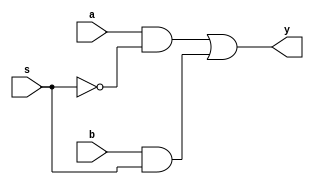
/*
 * Generated by Digital. Don't modify this file!
 * Any changes will be lost if this file is regenerated.
 */

module two_bit_mux (
  input a,
  input b,
  input s,
  output y
);
  assign y = ((a & ~ s) | (b & s));
endmodule

module four_bit_mux (
  input [3:0] a,
  input [3:0] b,
  input sel,
  output [3:0] y
);
  wire s0;
  wire s1;
  wire s2;
  wire s3;
  wire s4;
  wire s5;
  wire s6;
  wire s7;
  wire s8;
  wire s9;
  wire s10;
  wire s11;
  assign s0 = a[3];
  assign s3 = a[2];
  assign s6 = a[1];
  assign s9 = a[0];
  assign s1 = b[3];
  assign s4 = b[2];
  assign s7 = b[1];
  assign s10 = b[0];
  two_bit_mux two_bit_mux_i0 (
    .a( s0 ),
    .b( s1 ),
    .s( sel ),
    .y( s2 )
  );
  two_bit_mux two_bit_mux_i1 (
    .a( s3 ),
    .b( s4 ),
    .s( sel ),
    .y( s5 )
  );
  two_bit_mux two_bit_mux_i2 (
    .a( s6 ),
    .b( s7 ),
    .s( sel ),
    .y( s8 )
  );
  two_bit_mux two_bit_mux_i3 (
    .a( s9 ),
    .b( s10 ),
    .s( sel ),
    .y( s11 )
  );
  assign y[3] = s2;
  assign y[2] = s5;
  assign y[1] = s8;
  assign y[0] = s11;
endmodule

module DIG_D_FF_AS_1bit
#(
    parameter Default = 0
)
(
   input Set,
   input D,
   input C,
   input Clr,
   output Q,
   output \~Q
);
    reg state;

    assign Q = state;
    assign \~Q  = ~state;

    always @ (posedge C or posedge Clr or posedge Set)
    begin
        if (Set)
            state <= 1'b1;
        else if (Clr)
            state <= 'h0;
        else
            state <= D;
    end

    initial begin
        state = Default;
    end
endmodule

module four_bit_reg (
  input [3:0] d,
  input enable,
  input reset,
  input clk,
  output [3:0] q
);
  wire [3:0] q_temp;
  wire [3:0] s0;
  wire s1;
  wire s2;
  wire s3;
  wire s4;
  wire s5;
  wire s6;
  wire s7;
  wire s8;
  four_bit_mux four_bit_mux_i0 (
    .a( q_temp ),
    .b( d ),
    .sel( enable ),
    .y( s0 )
  );
  DIG_D_FF_AS_1bit #(
    .Default(0)
  )
  DIG_D_FF_AS_1bit_i1 (
    .Set( 1'b0 ),
    .D( s1 ),
    .C( clk ),
    .Clr( reset ),
    .Q( s2 )
  );
  DIG_D_FF_AS_1bit #(
    .Default(0)
  )
  DIG_D_FF_AS_1bit_i2 (
    .Set( 1'b0 ),
    .D( s3 ),
    .C( clk ),
    .Clr( reset ),
    .Q( s4 )
  );
  DIG_D_FF_AS_1bit #(
    .Default(0)
  )
  DIG_D_FF_AS_1bit_i3 (
    .Set( 1'b0 ),
    .D( s5 ),
    .C( clk ),
    .Clr( reset ),
    .Q( s6 )
  );
  DIG_D_FF_AS_1bit #(
    .Default(0)
  )
  DIG_D_FF_AS_1bit_i4 (
    .Set( 1'b0 ),
    .D( s7 ),
    .C( clk ),
    .Clr( reset ),
    .Q( s8 )
  );
  assign q_temp[0] = s2;
  assign q_temp[1] = s4;
  assign q_temp[2] = s6;
  assign q_temp[3] = s8;
  assign s1 = s0[0];
  assign s3 = s0[1];
  assign s5 = s0[2];
  assign s7 = s0[3];
  assign q = q_temp;
endmodule

module half_adder (
  input a,
  input b,
  output sum,
  output cry
);
  assign sum = (a ^ b);
  assign cry = (a & b);
endmodule

module incrementer (
  input [3:0] a,
  input inc,
  output [3:0] y,
  output cry
);
  wire s0;
  wire s1;
  wire s2;
  wire s3;
  wire s4;
  wire s5;
  wire s6;
  wire s7;
  wire s8;
  wire s9;
  wire s10;
  assign s0 = a[3];
  assign s3 = a[2];
  assign s6 = a[1];
  assign s9 = a[0];
  half_adder half_adder_i0 (
    .a( s9 ),
    .b( inc ),
    .sum( s10 ),
    .cry( s7 )
  );
  half_adder half_adder_i1 (
    .a( s6 ),
    .b( s7 ),
    .sum( s8 ),
    .cry( s4 )
  );
  half_adder half_adder_i2 (
    .a( s3 ),
    .b( s4 ),
    .sum( s5 ),
    .cry( s1 )
  );
  half_adder half_adder_i3 (
    .a( s0 ),
    .b( s1 ),
    .sum( s2 ),
    .cry( cry )
  );
  assign y[3] = s2;
  assign y[2] = s5;
  assign y[1] = s8;
  assign y[0] = s10;
endmodule

module program_ctr (
  input enable,
  input reset,
  input clk,
  output [3:0] q
);
  wire [3:0] s0;
  wire [3:0] q_temp;
  four_bit_reg four_bit_reg_i0 (
    .d( s0 ),
    .enable( enable ),
    .reset( reset ),
    .clk( clk ),
    .q( q_temp )
  );
  incrementer incrementer_i1 (
    .a( q_temp ),
    .inc( 1'b1 ),
    .y( s0 )
  );
  assign q = q_temp;
endmodule

module adrr_gen (
  input [3:0] data_bus,
  input clk,
  input reset,
  input use_pc,
  input load_mar,
  output [3:0] addr_bus
);
  wire [3:0] mar;
  wire [3:0] pc;
  wire s0;
  // MAR
  four_bit_reg four_bit_reg_i0 (
    .d( data_bus ),
    .enable( load_mar ),
    .reset( reset ),
    .clk( clk ),
    .q( mar )
  );
  program_ctr program_ctr_i1 (
    .enable( use_pc ),
    .reset( reset ),
    .clk( clk ),
    .q( pc )
  );
  assign s0 = ~ use_pc;
  four_bit_mux four_bit_mux_i2 (
    .a( pc ),
    .b( mar ),
    .sel( s0 ),
    .y( addr_bus )
  );
endmodule

module not_neg (
  input [3:0] a,
  input invert,
  input neg,
  output [3:0] y,
  output cry
);
  wire [3:0] s0;
  wire s1;
  assign s0[0] = (a[0] ^ invert);
  assign s0[1] = (a[1] ^ invert);
  assign s0[2] = (a[2] ^ invert);
  assign s0[3] = (a[3] ^ invert);
  assign s1 = (invert & neg);
  incrementer incrementer_i0 (
    .a( s0 ),
    .inc( s1 ),
    .y( y ),
    .cry( cry )
  );
endmodule

module full_adder (
  input a,
  input cin,
  input b,
  output sum,
  output cout
);
  assign sum = (a ^ b ^ cin);
  assign cout = ((cin & a) | (cin & b) | (b & a));
endmodule

module four_bit_adder (
  input [3:0] a,
  input [3:0] b,
  input cin,
  output cout,
  output overfl,
  output [3:0] y
);
  wire s0;
  wire s1;
  wire s2;
  wire s3;
  wire s4;
  wire s5;
  wire s6;
  wire s7;
  wire s8;
  wire s9;
  wire cout_temp;
  wire s10;
  wire s11;
  wire s12;
  wire s13;
  wire s14;
  assign s0 = a[3];
  assign s1 = a[2];
  assign s2 = a[1];
  assign s3 = a[0];
  assign s4 = b[3];
  assign s5 = b[2];
  assign s6 = b[1];
  assign s7 = b[0];
  full_adder full_adder_i0 (
    .a( s3 ),
    .cin( cin ),
    .b( s7 ),
    .sum( s12 ),
    .cout( s13 )
  );
  full_adder full_adder_i1 (
    .a( s2 ),
    .cin( s13 ),
    .b( s6 ),
    .sum( s14 ),
    .cout( s10 )
  );
  full_adder full_adder_i2 (
    .a( s1 ),
    .cin( s10 ),
    .b( s5 ),
    .sum( s11 ),
    .cout( s8 )
  );
  full_adder full_adder_i3 (
    .a( s0 ),
    .cin( s8 ),
    .b( s4 ),
    .sum( s9 ),
    .cout( cout_temp )
  );
  assign overfl = (cout_temp ^ s8);
  assign y[3] = s9;
  assign y[2] = s11;
  assign y[1] = s14;
  assign y[0] = s12;
  assign cout = cout_temp;
endmodule

module and_add (
  input [3:0] a,
  input [3:0] b,
  input add,
  input cin,
  input pass,
  output cout,
  output overfl,
  output [3:0] y
);
  wire [3:0] s0;
  wire [3:0] s1;
  wire [3:0] s2;
  four_bit_adder four_bit_adder_i0 (
    .a( a ),
    .b( b ),
    .cin( cin ),
    .cout( cout ),
    .overfl( overfl ),
    .y( s0 )
  );
  assign s1[0] = (a[0] & b[0]);
  assign s1[1] = (a[1] & b[1]);
  assign s1[2] = (a[2] & b[2]);
  assign s1[3] = (a[3] & b[3]);
  four_bit_mux four_bit_mux_i1 (
    .a( s1 ),
    .b( s0 ),
    .sel( add ),
    .y( s2 )
  );
  four_bit_mux four_bit_mux_i2 (
    .a( s2 ),
    .b( a ),
    .sel( pass ),
    .y( y )
  );
endmodule

module alu (
  input [3:0] a,
  input [3:0] b,
  input invert,
  input arith,
  input pass,
  input cin,
  output [3:0] y,
  output cout,
  output overfl
);
  wire [3:0] s0;
  not_neg not_neg_i0 (
    .a( a ),
    .invert( invert ),
    .neg( arith ),
    .y( s0 )
  );
  and_add and_add_i1 (
    .a( s0 ),
    .b( b ),
    .add( arith ),
    .cin( cin ),
    .pass( pass ),
    .cout( cout ),
    .overfl( overfl ),
    .y( y )
  );
endmodule
module DIG_RAMDualPort
#(
    parameter Bits = 8,
    parameter AddrBits = 4
)
(
  input [(AddrBits-1):0] A,
  input [(Bits-1):0] Din,
  input str,
  input C,
  input ld,
  output [(Bits-1):0] D
);
  reg [(Bits-1):0] memory[0:((1 << AddrBits) - 1)];

  assign D = ld? memory[A] : 'hz;

  always @ (posedge C) begin
    if (str)
      memory[A] <= Din;
  end

  initial 
  begin 
     $readmemh("ram_vals.txt",memory); 
  end 
endmodule


module program_ram (
  input [3:0] addr,
  input [3:0] data_in,
  input clk,
  input write,
  output [3:0] data_out
);
  // program\_ram
  DIG_RAMDualPort #(
    .Bits(4),
    .AddrBits(4)
  )
  DIG_RAMDualPort_i0 (
    .A( addr ),
    .Din( data_in ),
    .str( write ),
    .C( clk ),
    .ld( 1'b1 ),
    .D( data_out )
  );
endmodule

module brainless (
  input [3:0] addr_bus,
  input [3:0] data_in,
  input arith,
  input invert,
  input pass,
  input load_acc,
  input acc_to_db,
  input read,
  input write,
  input clk,
  input reset,
  output [3:0] alu_out,
  output [3:0] accum,
  output [3:0] data_bus
);
  wire [3:0] data_bus_temp;
  wire [3:0] accum_temp;
  wire [3:0] alu_out_temp;
  wire [3:0] s0;
  wire [3:0] s1;
  alu alu_i0 (
    .a( data_bus_temp ),
    .b( accum_temp ),
    .invert( invert ),
    .arith( arith ),
    .pass( pass ),
    .cin( 1'b0 ),
    .y( alu_out_temp )
  );
  // Accumulator
  four_bit_reg four_bit_reg_i1 (
    .d( alu_out_temp ),
    .enable( load_acc ),
    .reset( reset ),
    .clk( clk ),
    .q( accum_temp )
  );
  // acuum\_mux
  four_bit_mux four_bit_mux_i2 (
    .a( s0 ),
    .b( accum_temp ),
    .sel( acc_to_db ),
    .y( data_bus_temp )
  );
  program_ram program_ram_i3 (
    .addr( addr_bus ),
    .data_in( data_bus_temp ),
    .clk( clk ),
    .write( write ),
    .data_out( s1 )
  );
  // data\_mux
  four_bit_mux four_bit_mux_i4 (
    .a( data_in ),
    .b( s1 ),
    .sel( read ),
    .y( s0 )
  );
  assign alu_out = alu_out_temp;
  assign accum = accum_temp;
  assign data_bus = data_bus_temp;
endmodule

module two_bit_bus_mux (
  input [1:0] a,
  input [1:0] b,
  input sel,
  output [1:0] y
);
  wire s0;
  wire s1;
  wire s2;
  wire s3;
  wire s4;
  wire s5;
  assign s1 = b[1];
  assign s4 = b[0];
  assign s0 = a[1];
  assign s3 = a[0];
  two_bit_mux two_bit_mux_i0 (
    .a( s0 ),
    .b( s1 ),
    .s( sel ),
    .y( s2 )
  );
  two_bit_mux two_bit_mux_i1 (
    .a( s3 ),
    .b( s4 ),
    .s( sel ),
    .y( s5 )
  );
  assign y[1] = s2;
  assign y[0] = s5;
endmodule

module two_bit_reg (
  input [1:0] d,
  input enable,
  input reset,
  input clk,
  output [1:0] q
);
  wire s0;
  wire s1;
  wire s2;
  wire s3;
  wire [1:0] s4;
  wire [1:0] q_temp;
  DIG_D_FF_AS_1bit #(
    .Default(0)
  )
  DIG_D_FF_AS_1bit_i0 (
    .Set( 1'b0 ),
    .D( s0 ),
    .C( clk ),
    .Clr( reset ),
    .Q( s1 )
  );
  DIG_D_FF_AS_1bit #(
    .Default(0)
  )
  DIG_D_FF_AS_1bit_i1 (
    .Set( 1'b0 ),
    .D( s2 ),
    .C( clk ),
    .Clr( reset ),
    .Q( s3 )
  );
  two_bit_bus_mux two_bit_bus_mux_i2 (
    .a( q_temp ),
    .b( d ),
    .sel( enable ),
    .y( s4 )
  );
  assign q_temp[0] = s1;
  assign q_temp[1] = s3;
  assign s0 = s4[0];
  assign s2 = s4[1];
  assign q = q_temp;
endmodule
module DIG_ROM_64X14_microcodeROM (
    input [5:0] A,
    input sel,
    output reg [13:0] D
);
    reg [13:0] my_rom [0:31];

    always @ (*) begin
        if (~sel)
            D = 14'hz;
        else if (A > 6'h1f)
            D = 14'h0;
        else
            D = my_rom[A];
    end

    initial begin
        my_rom[0] = 14'h1205;
        my_rom[1] = 14'h234;
        my_rom[2] = 14'h0;
        my_rom[3] = 14'h0;
        my_rom[4] = 14'h1205;
        my_rom[5] = 14'h294;
        my_rom[6] = 14'h0;
        my_rom[7] = 14'h0;
        my_rom[8] = 14'h1205;
        my_rom[9] = 14'h1000;
        my_rom[10] = 14'h0;
        my_rom[11] = 14'h0;
        my_rom[12] = 14'h1205;
        my_rom[13] = 14'h0;
        my_rom[14] = 14'h0;
        my_rom[15] = 14'h0;
        my_rom[16] = 14'h1205;
        my_rom[17] = 14'h0;
        my_rom[18] = 14'h0;
        my_rom[19] = 14'h0;
        my_rom[20] = 14'h1205;
        my_rom[21] = 14'h0;
        my_rom[22] = 14'h0;
        my_rom[23] = 14'h0;
        my_rom[24] = 14'h1205;
        my_rom[25] = 14'h0;
        my_rom[26] = 14'h0;
        my_rom[27] = 14'h0;
        my_rom[28] = 14'h1205;
        my_rom[29] = 14'h0;
        my_rom[30] = 14'h0;
        my_rom[31] = 14'h3fff;
    end
endmodule


module controller (
  input clk,
  input reset,
  input [3:0] data_bus,
  input load_ir,
  output [9:0] control
);
  wire [5:0] s0;
  wire [13:0] rom_out;
  wire [3:0] instr_reg;
  wire [1:0] s1;
  wire [1:0] step_reg;
  // Instruction Reg
  four_bit_reg four_bit_reg_i0 (
    .d( data_bus ),
    .enable( load_ir ),
    .reset( reset ),
    .clk( clk ),
    .q( instr_reg )
  );
  // Step Reg
  two_bit_reg two_bit_reg_i1 (
    .d( s1 ),
    .enable( 1'b1 ),
    .reset( reset ),
    .clk( clk ),
    .q( step_reg )
  );
  assign s0[5:2] = instr_reg;
  assign s0[1:0] = step_reg;
  // microcode ROM
  DIG_ROM_64X14_microcodeROM DIG_ROM_64X14_microcodeROM_i2 (
    .A( s0 ),
    .sel( 1'b1 ),
    .D( rom_out )
  );
  assign control = rom_out[9:0];
  assign s1 = rom_out[13:12];
endmodule

module microprocessor (
  input clk,
  input [3:0] data_in,
  input reset,
  output [3:0] accum
);
  wire [3:0] s0;
  wire s1;
  wire s2;
  wire [3:0] s3;
  wire s4;
  wire s5;
  wire s6;
  wire s7;
  wire s8;
  wire s9;
  wire s10;
  wire s11;
  wire [9:0] s12;
  adrr_gen adrr_gen_i0 (
    .data_bus( s0 ),
    .clk( clk ),
    .reset( reset ),
    .use_pc( s1 ),
    .load_mar( s2 ),
    .addr_bus( s3 )
  );
  brainless brainless_i1 (
    .addr_bus( s3 ),
    .data_in( data_in ),
    .arith( s4 ),
    .invert( s5 ),
    .pass( s6 ),
    .load_acc( s7 ),
    .acc_to_db( s8 ),
    .read( s9 ),
    .write( s10 ),
    .clk( clk ),
    .reset( reset ),
    .accum( accum ),
    .data_bus( s0 )
  );
  controller controller_i2 (
    .clk( clk ),
    .reset( reset ),
    .data_bus( s0 ),
    .load_ir( s11 ),
    .control( s12 )
  );
  assign s4 = s12[7];
  assign s5 = s12[6];
  assign s6 = s12[5];
  assign s7 = s12[4];
  assign s8 = s12[3];
  assign s9 = s12[2];
  assign s10 = s12[1];
  assign s1 = s12[9];
  assign s2 = s12[8];
  assign s11 = s12[0];
endmodule